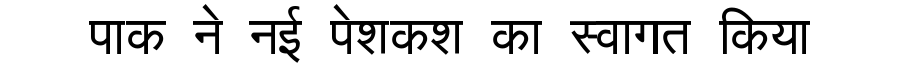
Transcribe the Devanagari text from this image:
पाक ने नई पेशकश का स्वागत किया